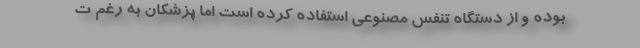
بوده و از دستگاه تنفس مصنوعی استفاده کرده است اما پزشکان به رغم ت